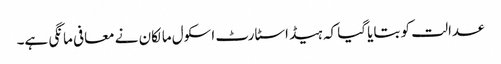
عدالت کو بتایا گیا کہ ہیڈ اسٹارٹ اسکول مالکان نے معافی مانگی ہے۔